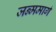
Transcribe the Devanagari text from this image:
जन्ममार्ग